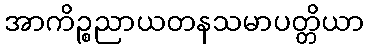
အာကိဉ္စညာယတနသမာပတ္တိယာ